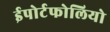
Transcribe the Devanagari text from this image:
ईपोर्टफोलियो